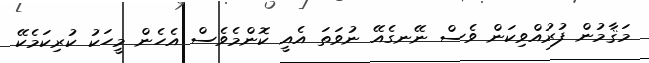
މަޤާމުން ފުރުއްވިކަން ވެސް ނޭނގެއޭ ނުވަތަ އެއީ ކޮންމެވެސް އެހެން މީހަކު ކުރިކަމެކޭ